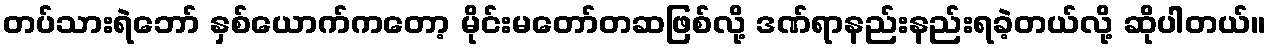
တပ်သားရဲဘော် နှစ်ယောက်ကတော့ မိုင်းမတော်တဆဖြစ်လို့ ဒဏ်ရာနည်းနည်းရခဲ့တယ်လို့ ဆိုပါတယ်။